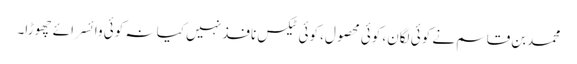
محمدبن قاسم نے کوئی لگان، کوئی محصول، کوئی ٹیکس نافذ نہیں کیا نہ کوئی وائسرائے چھوڑا۔